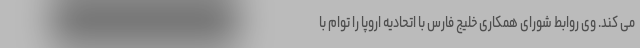
می کند. وی روابط شورای همکاری خلیج فارس با اتحادیه اروپا را توام با